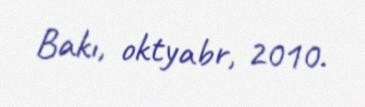
Bakı, oktyabr, 2010.